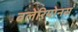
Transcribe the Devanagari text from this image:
वलेरियोनस